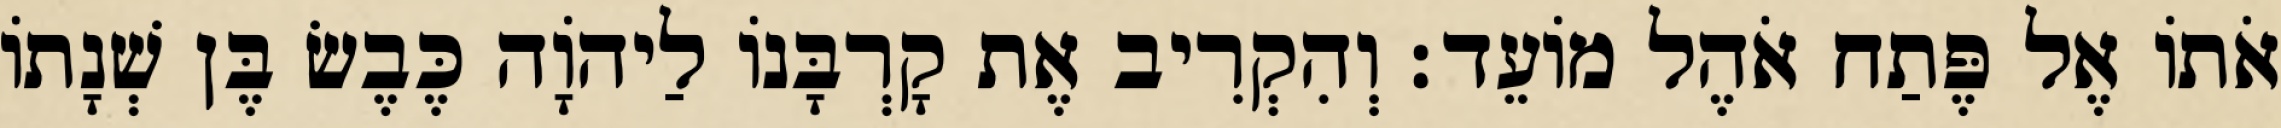
אֹתוֹ אֶל פֶּתַח אֹהֶל מוֹעֵד׃ וְהִקְרִיב אֶת קָרְבָּנוֹ לַיהֹוָה כֶּבֶשׂ בֶּן שְׁנָתוֹ